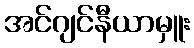
အင်ဂျင်နီယာမှူး